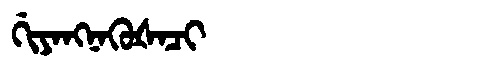
Manchu: ᡤᡳᠶᠠᠩᠨᠠᡴᡠᡧᠠᠴᡳ
Romanization: GIYANGNAKUŠACI